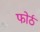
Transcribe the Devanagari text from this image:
फोर्ठ